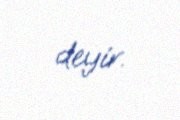
deyir.